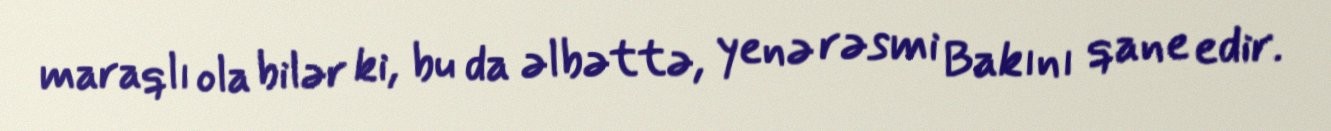
maraqlı ola bilər ki, bu da əlbəttə, yenə rəsmi Bakını qane edir.